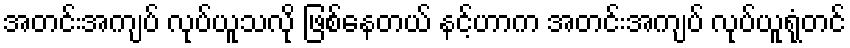
အတင်းအကျပ် လုပ်ယူသလို ဖြစ်နေတယ် နင့်ဟာက အတင်းအကျပ် လုပ်ယူရုံတင်